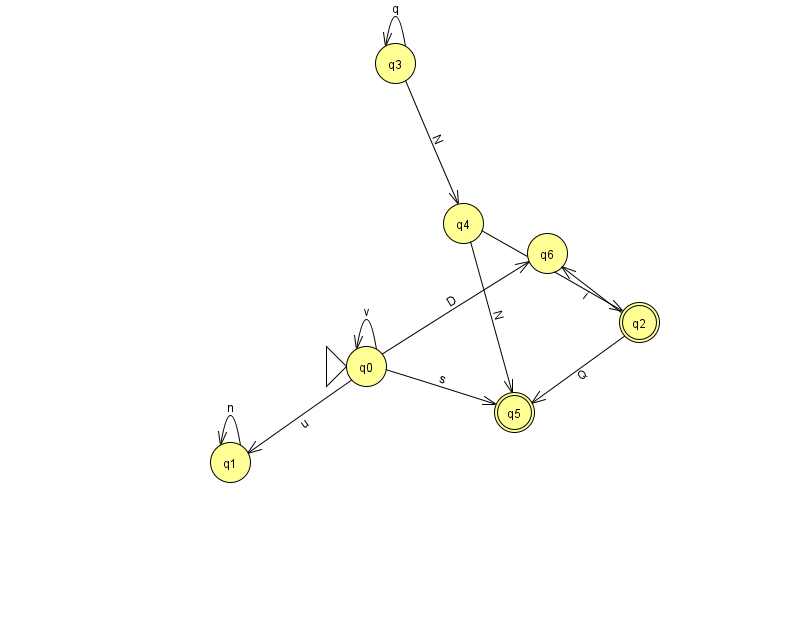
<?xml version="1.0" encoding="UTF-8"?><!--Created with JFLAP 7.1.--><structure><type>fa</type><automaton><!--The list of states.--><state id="0" name="q0"><x>366.0</x><y>353.0</y><initial/></state><state id="1" name="q1"><x>230.0</x><y>449.0</y></state><state id="2" name="q2"><x>639.0</x><y>309.0</y><final/></state><state id="3" name="q3"><x>395.0</x><y>50.0</y></state><state id="4" name="q4"><x>463.0</x><y>210.0</y></state><state id="5" name="q5"><x>514.0</x><y>399.0</y><final/></state><state id="6" name="q6"><x>547.0</x><y>240.0</y></state><!--The list of transitions.--><transition><from>3</from><to>4</to><read>N</read></transition><transition><from>0</from><to>5</to><read>s</read></transition><transition><from>3</from><to>3</to><read>q</read></transition><transition><from>0</from><to>6</to><read>D</read></transition><transition><from>0</from><to>0</to><read>v</read></transition><transition><from>2</from><to>6</to><read>i</read></transition><transition><from>2</from><to>5</to><read>Q</read></transition><transition><from>4</from><to>5</to><read>N</read></transition><transition><from>4</from><to>2</to><read>S</read></transition><transition><from>0</from><to>1</to><read>u</read></transition><transition><from>1</from><to>1</to><read>n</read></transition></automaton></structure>